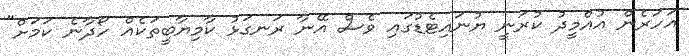
އަހަރެން އުއްމީދު ކުރަނީ ޔުނައިޓެޑުގައި ވެސް އޭނާ ރަނގަޅު ކާމިޔާބީތަކެއް ހޯދާނެ ކަމަށް"